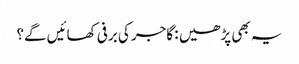
یہ بھی پڑھیں : گاجر کی برفی کھائیں گے؟